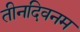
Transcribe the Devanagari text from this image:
तीनदिवनम